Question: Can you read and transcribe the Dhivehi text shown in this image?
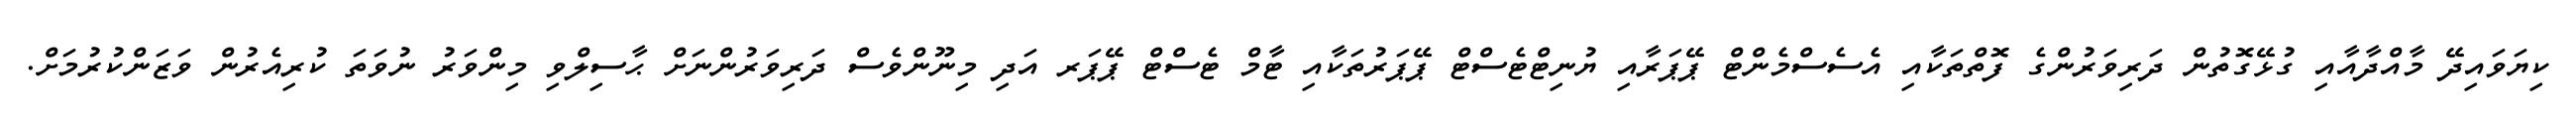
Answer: ކިޔަވައިދޭ މާއްދާއާއި ގުޅޭގޮތުން ދަރިވަރުންގެ ފޮތްތަކާއި އެސެސްމެންޓް ޕޭޕަރާއި ޔުނިޓްޓެސްޓް ޕޭޕަރުތަކާއި ޓާމް ޓެސްޓް ޕޭޕަރ އަދި މިނޫންވެސް ދަރިވަރުންނަށް ޙާސިލްވި މިންވަރު ނުވަތަ ކުރިއެރުން ވަޒަންކުރުމަށް.